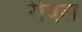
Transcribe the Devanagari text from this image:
रेविल